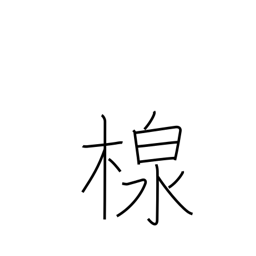
Meaning: container for pouring water